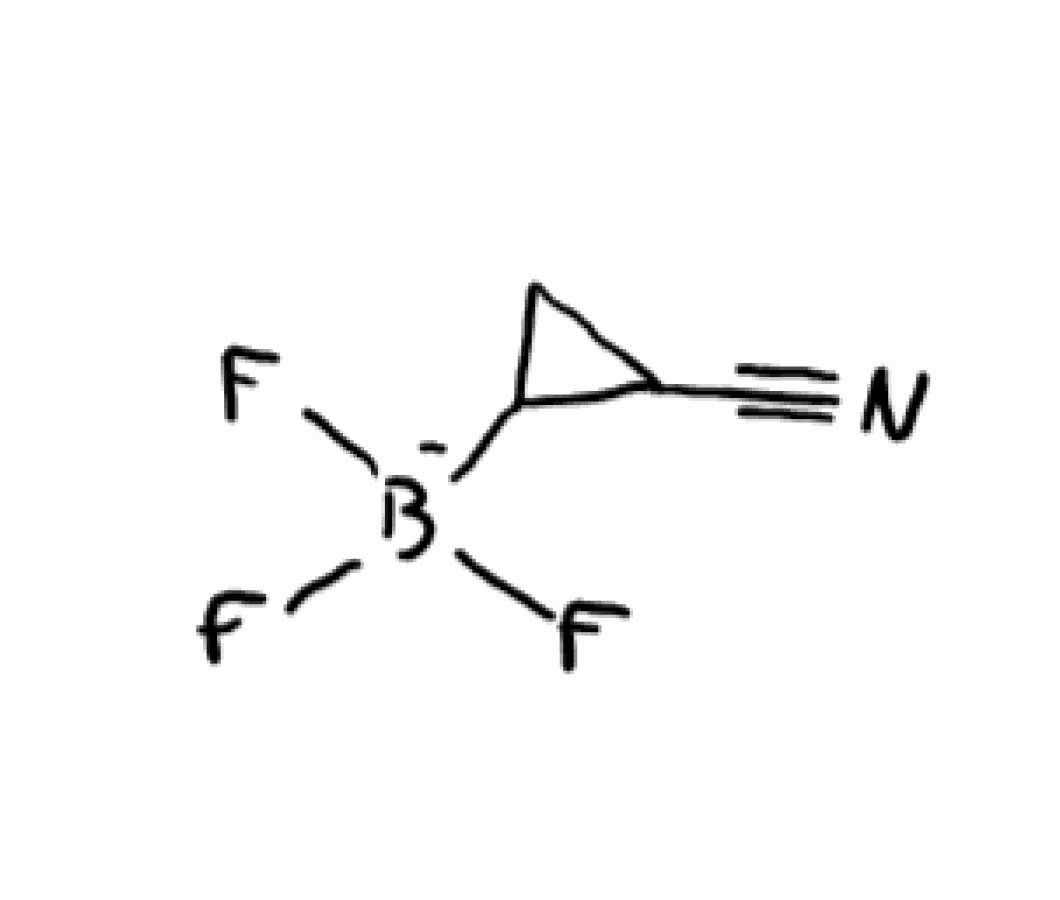
Simplified molecular-input line-entry system (SMILES) notation of the given molecule:
[B-](C1CC1C#N)(F)(F)F